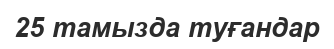
25 тамызда туғандар